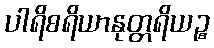
ပါရိစရိယာနုတ္တရိယဉ္စ